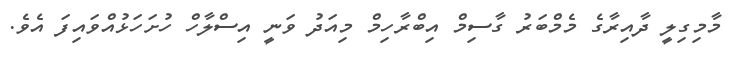
މާމިގިލީ ދާއިރާގެ މެމްބަރު ގާސިމް އިބްރާހިމް މިއަދު ވަނީ އިސްލާހް ހުށަހަޅުއްވައިފަ އެވެ.